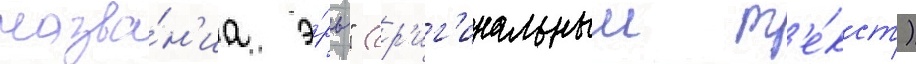
назва́н'иа э́ры" (ор'иг'инальныи т'е́кст)